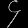
Digit: ၄